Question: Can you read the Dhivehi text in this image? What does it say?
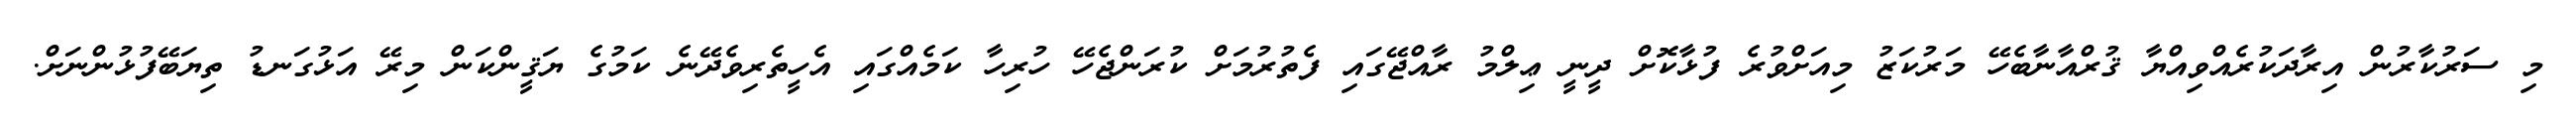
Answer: މި ސަރުކާރުން އިރާދަކުރެއްވިއްޔާ ޤުރްއާނާބެހޭ މަރުކަޒު މިއަށްވުރެ ފުޅާކޮށް ދީނީ ޢިލްމު ރާއްޖޭގައި ފެތުރުމަށް ކުރަންޖެހޭ ހުރިހާ ކަމެއްގައި އެހީތެރިވެދޭނެ ކަމުގެ ޔަޤީންކަން މިރޭ އަޅުގަނޑު ތިޔަބޭފުޅުންނަށް.